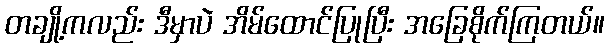
တချို့ကလည်း ဒီမှာပဲ အိမ်ထောင်ပြုပြီး အခြေစိုက်ကြတယ်။